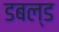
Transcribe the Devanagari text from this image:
डबल्ड